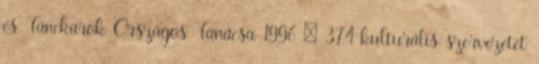
és Tánckarok Országos Tanácsa 1996 : 374 kulturális szervezetet